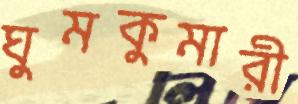
ঘুমকুমারী